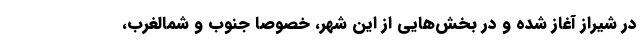
در شیراز آغاز شده و در بخش‌هایی از این شهر، خصوصا جنوب و شمالغرب،